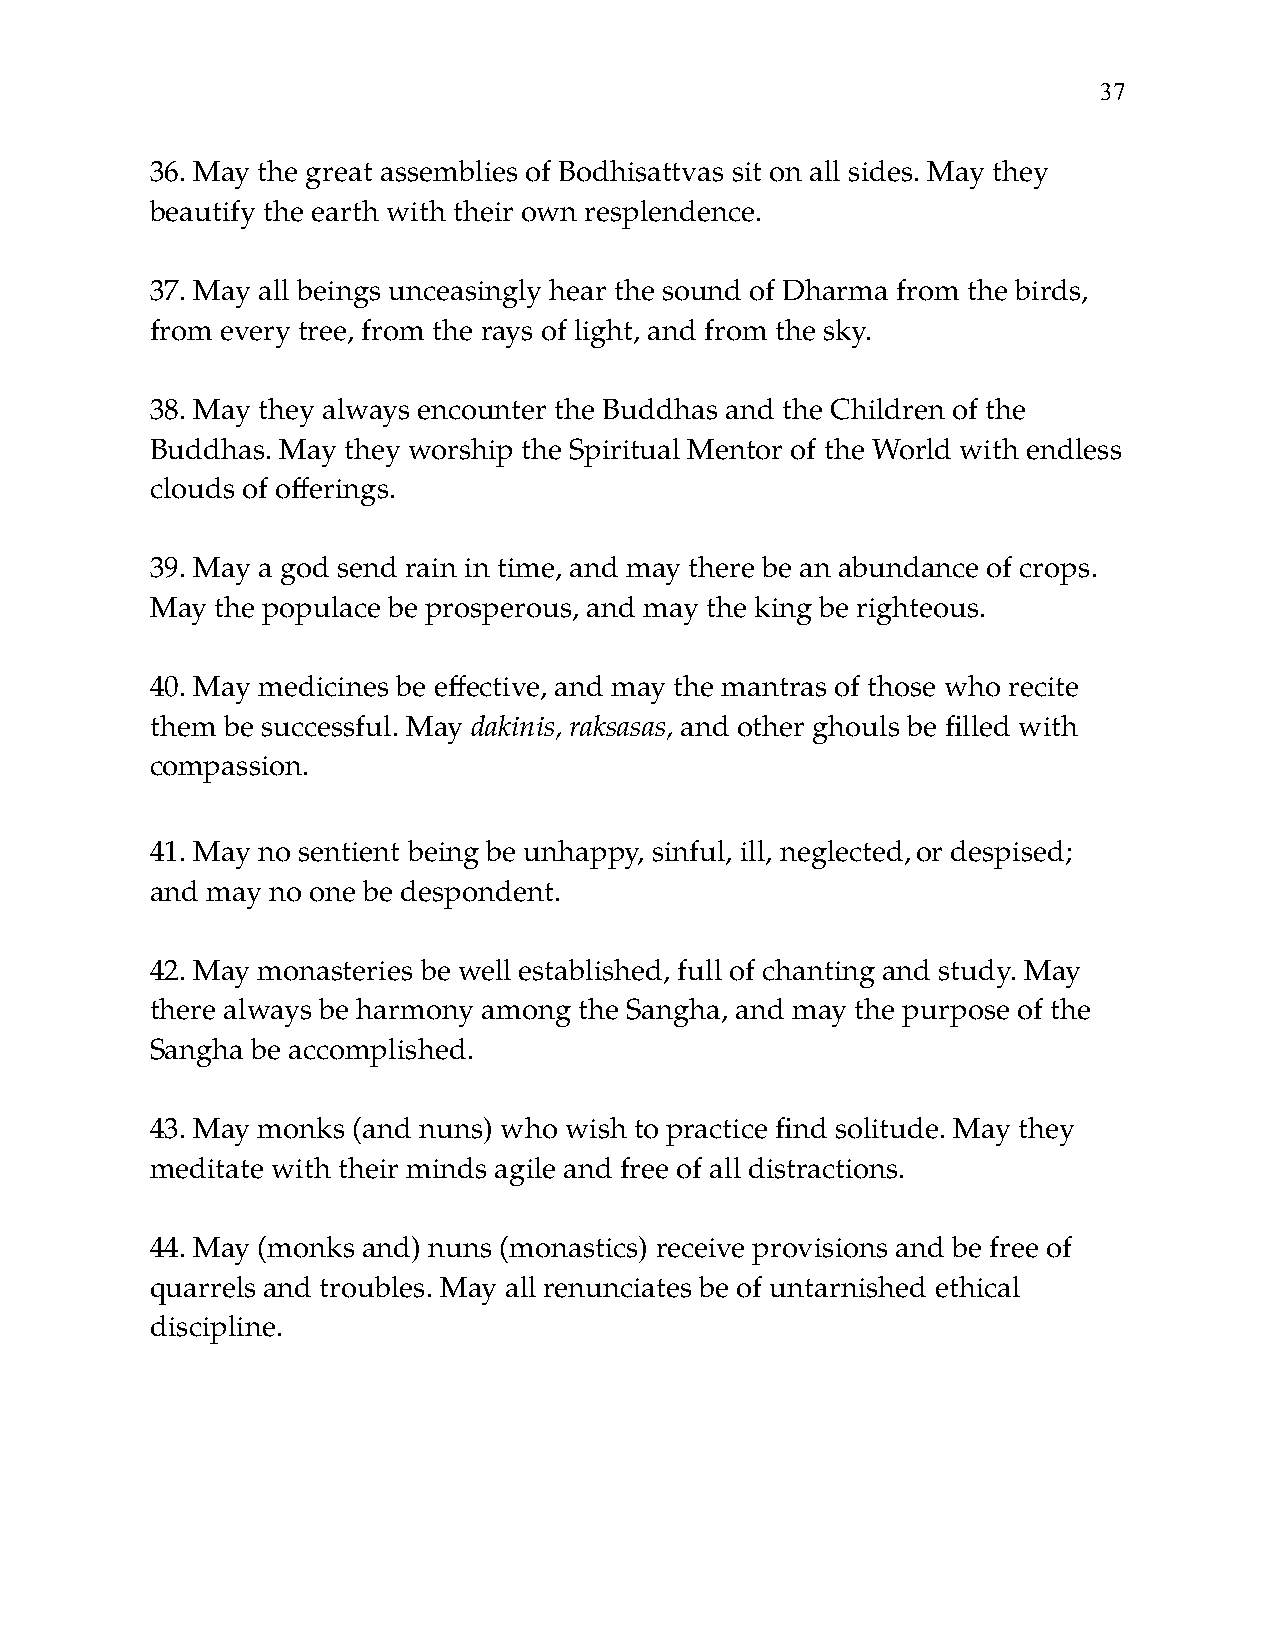
!37
 36. May the great assemblies of Bodhisattvas sit on all sides. May they
 beautify the earth with their own resplendence.
 37. May all beings unceasingly hear the sound of Dharma from the birds,
 from every tree, from the rays of light, and from the sky.
 38. May they always encounter the Buddhas and the Children of the
 Buddhas. May they worship the Spiritual Mentor of the World with endless
 clouds of offerings.
 39. May a god send rain in time, and may there be an abundance of crops.
 May the populace be prosperous, and may the king be righteous.
 40. May medicines be effective, and may the mantras of those who recite
 them be successful. May dakinis, raksasas, and other ghouls be filled with
 compassion.
 41. May no sentient being be unhappy, sinful, ill, neglected,or despised;
 and may no one be despondent.
 42. May monasteries be well established, full of chanting and study. May
 there always be harmony among the Sangha, and may the purpose of the
 Sangha be accomplished.
 43. May monks (and nuns) who wish to practice find solitude. May they
 meditate with their minds agile and free of all distractions.
 44. May (monks and) nuns (monastics) receive provisions and be free of
 quarrels and troubles. May all renunciates be of untarnished ethical
 discipline.